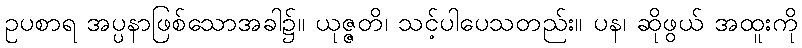
ဥပစာရ အပ္ပနာဖြစ်သောအခါ၌။ ယုဇ္ဇတိ၊ သင့်ပါပေသတည်း။ ပန၊ ဆိုဖွယ် အထူးကို